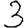
Digit: 3